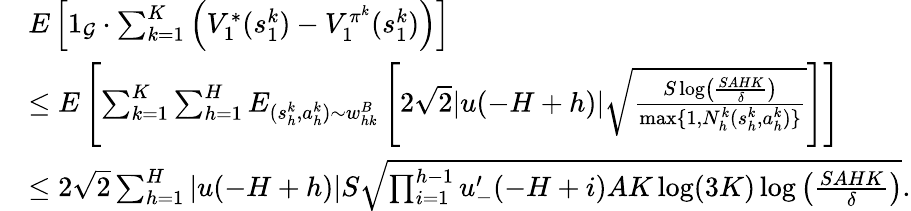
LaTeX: \begin{array}{rl}&{E\left[1_{\mathcal{G}}\cdot\sum_{k=1}^{K}\left(V_{1}^{*}(s_{1}^{k})-V_{1}^{\pi^{k}}(s_{1}^{k})\right)\right]}\\ &{\leq E\left[\sum_{k=1}^{K}\sum_{h=1}^{H}E_{(s_{h}^{k},a_{h}^{k})\sim w_{hk}^{B}}\left[2\sqrt{2}\vert u(-H+h)\vert\sqrt{\frac{S\log\left(\frac{SAHK}{\delta}\right)}{\operatorname*{max}\{ 1,N_{h}^{k}(s_{h}^{k},a_{h}^{k})\} }}\right]\right]}\\ &{\leq 2\sqrt{2}\sum_{h=1}^{H}\vert u(-H+h)\vert S\sqrt{\prod_{i=1}^{h-1}u_{-}^{\prime}(-H+i)AK\log(3K)\log\left(\frac{SAHK}{\delta}\right)}.}\end{array}